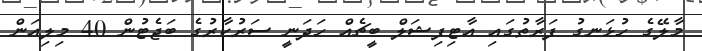
މާލޭގެ ހުޅަނގު ފަރާތުގައި އާޓިފިޝަލް ބީޗެއް ހަދަނީ ސަރުކާރުގެ ބަޖެޓުން 40 މިލިއަން